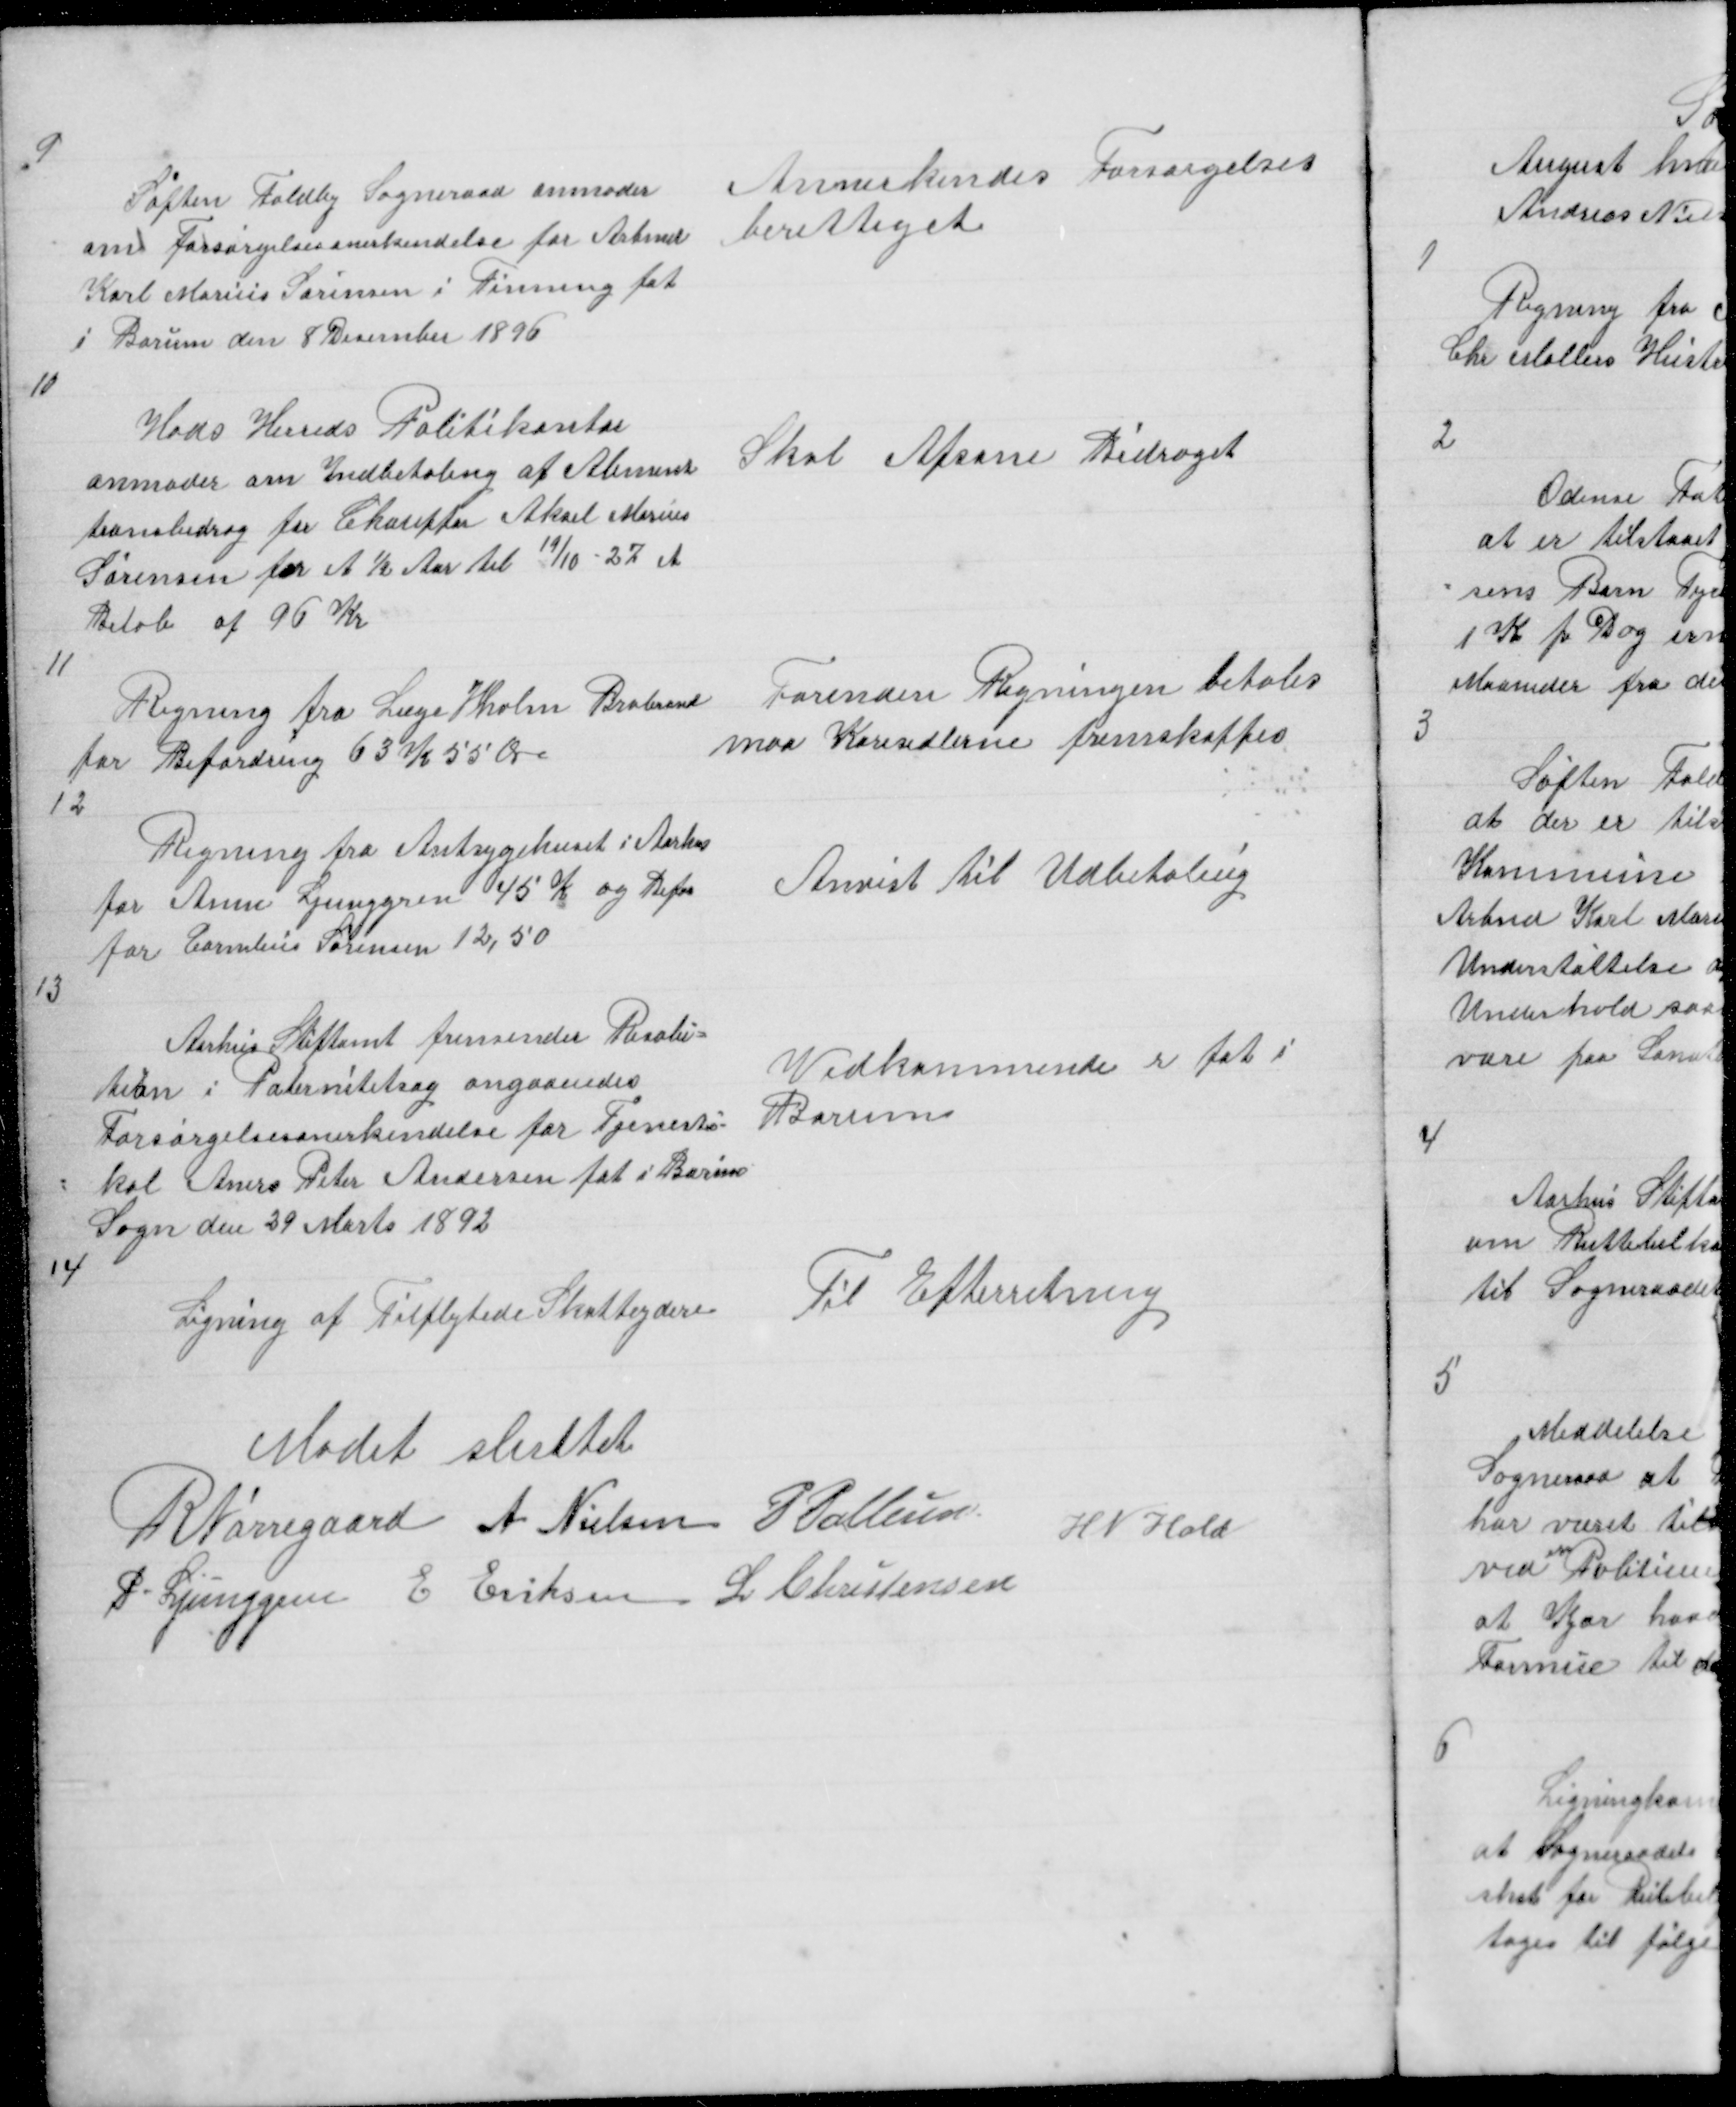
Transskription:
9

Søften Foldby Sogneraad anmoder
om Forsørgelsesanerkendelse for Arbmd
Karl Marius Sørensen i Tinning føt
i Borum den 8 December 1896

Annerkendes Forsørgelses
berettiget

10

Hads Herreds Politikontor
anmoder om Indbetaling af Aliment
tionsbidrag for Chauffør Aksel Marius
Sørensen for et ½ Aar til 19/10 - 27 et
Beløb af 96 Kr

Skal Afsone Bidraget

11
Regning fra læge Holm Brabrand
for Befordring 63 Kr 55 Øre
12

Forinden Regningen betales
maa Køresedlerne fremskaffes

Regning fra Amtsygehuset i Aarhus
for Anne Ljunggren 45 K og Befor
for Cornelius Sørensen

Anvist til Udbetaling

13

Aarhus Stiftamt fremsender Resolu =
tion i Paternitetsag angaaendes
Forsørgelsesanerkendelse for Tjeneste =
= kal Aners Peter Andersen føt i Borum
Sogn den 29 Marts 1892
14
Ligning af Tilflytede Skatteydere

Vedkommende er føt i
Borum

Til Efterretning

Mødet sluttet
R Nørregaard A Nielsen P Pallesen
H N Hald
P. Ljunggren E Eriksen L Christensen